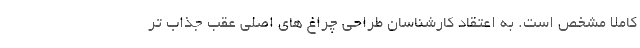
کاملا مشخص است. به اعتقاد کارشناسان طراحی چراغ های اصلی عقب جذاب تر